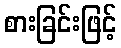
စားခြင်းဖြင့်